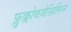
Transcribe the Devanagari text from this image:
फ्लुक्लोक्ज़ेसिलिन